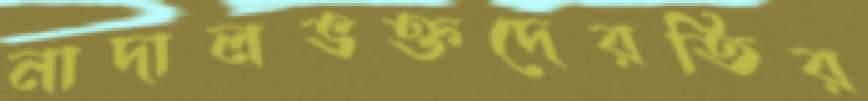
নাদালভক্তদেরতির